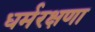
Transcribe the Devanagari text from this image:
धर्मरक्षणा